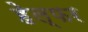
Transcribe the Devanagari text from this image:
हेल्फर